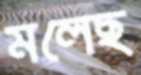
মলেছ